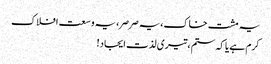
یہ مشت خاک، یہ صرصر، یہ وسعت افلاک
کرم ہے یا کہ ستم، تیری لذت ایجاد!